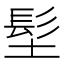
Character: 𩫽